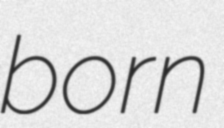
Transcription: born